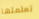
تعلمتها